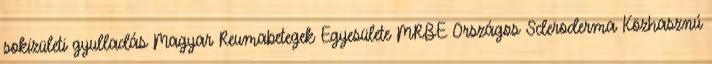
sokízületi gyulladás Magyar Reumabetegek Egyesülete MRBE Országos Scleroderma Közhasznú